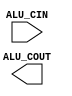
module ALUcontrol(ALU_CIN, ALU_COUT);

input [3:0] ALU_CIN;

wire fun3;
wire fun7;
output ALU_COUT;

always @(*) begin
    fun3 = ALU_CIN[2:0];
    fun7 = ALU_CIN[3];
    case(fun3)

    
    endcase

    
end

endmodule